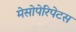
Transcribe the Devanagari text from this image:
मेसोपेरिपेटस